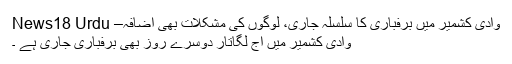
وادی کشمیر میں برفباری کا سلسلہ جاری، لوگوں کی مشکلات بھی اضافہ– News18 Urdu
وادی کشمیر میں آج لگاتار دوسرے روز بھی برفباری جاری ہے ۔